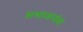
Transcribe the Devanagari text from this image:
सभाजनांना